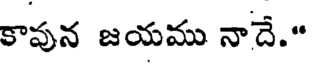
కాపున జయము నాదే."